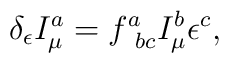
\delta_{\epsilon}I^a_{\mu}=f^a_{\ bc}I^b_{\mu}\epsilon^c,